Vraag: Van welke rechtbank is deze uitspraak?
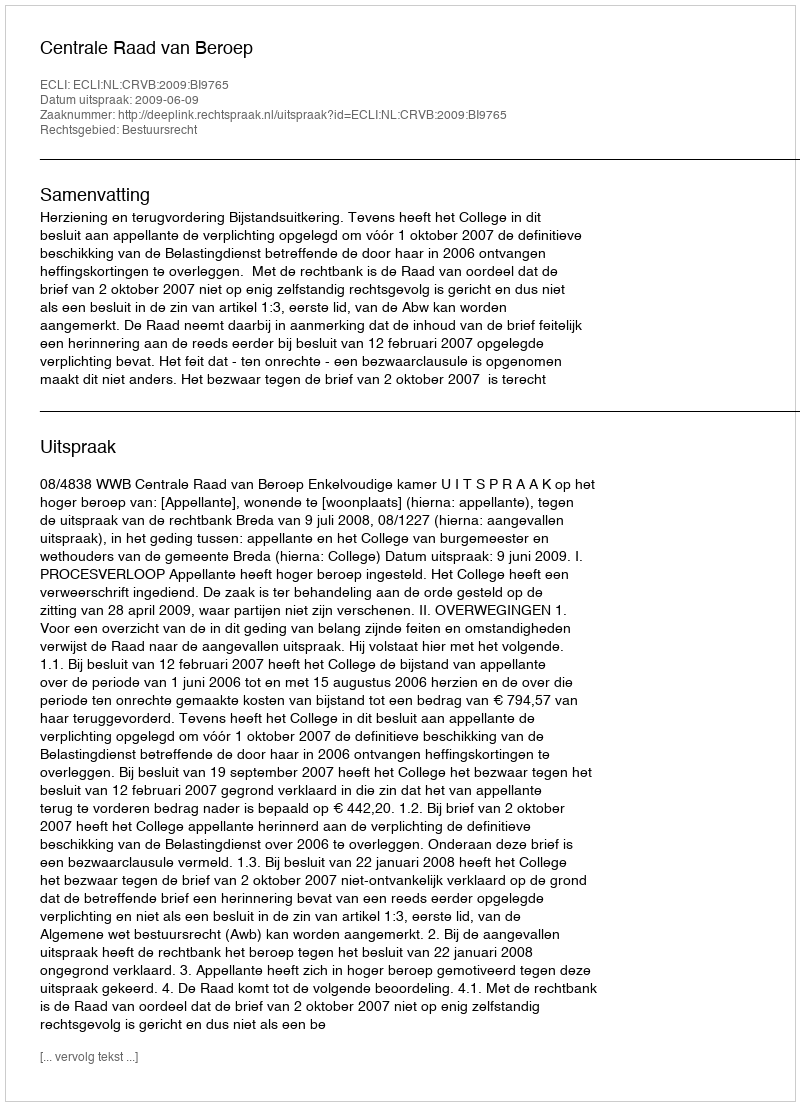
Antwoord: Centrale Raad van Beroep